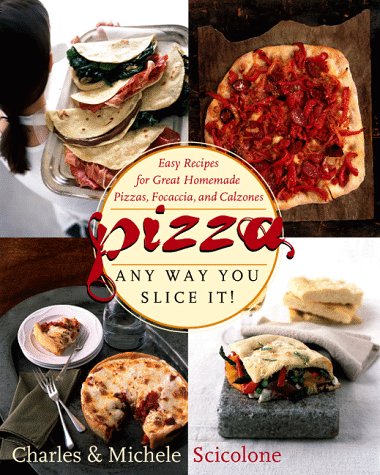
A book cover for Pizza - Any Way You Slice It!; Michele Scicolone; Cookbooks, Food & Wine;